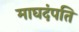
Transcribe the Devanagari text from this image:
माघदंपति